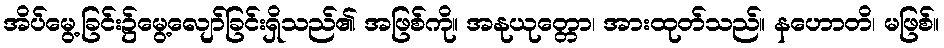
အိပ်မွေ့ခြင်း၌မွေ့လျော်ခြင်းရှိသည်၏ အဖြစ်ကို။ အနုယုတ္တော၊ အားထုတ်သည်။ နဟောတိ၊ မဖြစ်။